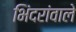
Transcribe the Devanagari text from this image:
भिंदरांवाले